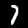
Label: 7